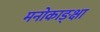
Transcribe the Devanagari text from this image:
मनोकाङ्क्षा